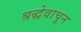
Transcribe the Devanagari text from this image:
श्रद्धेवाचून